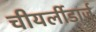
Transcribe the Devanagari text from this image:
चीयर्लीडार्ज़